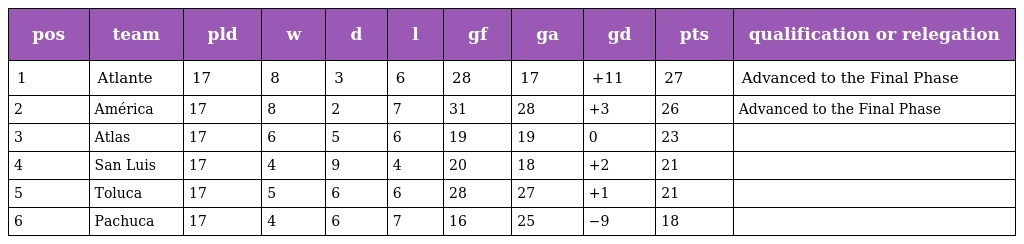
| pos | team | pld | w | d | l | gf | ga | gd | pts | qualification or relegation |
 | --- | --- | --- | --- | --- | --- | --- | --- | --- | --- | --- |
 | 1 | Atlante | 17 | 8 | 3 | 6 | 28 | 17 | +11 | 27 | Advanced to the Final Phase |
 | 2 | América | 17 | 8 | 2 | 7 | 31 | 28 | +3 | 26 | Advanced to the Final Phase |
 | 3 | Atlas | 17 | 6 | 5 | 6 | 19 | 19 | 0 | 23 |  |
 | 4 | San Luis | 17 | 4 | 9 | 4 | 20 | 18 | +2 | 21 |  |
 | 5 | Toluca | 17 | 5 | 6 | 6 | 28 | 27 | +1 | 21 |  |
 | 6 | Pachuca | 17 | 4 | 6 | 7 | 16 | 25 | −9 | 18 |  |